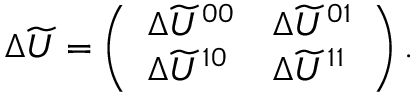
\begin{array} { r } { \Delta \widetilde U = \left( \begin{array} { l l } { \Delta \widetilde U ^ { 0 0 } } & { \Delta \widetilde U ^ { 0 1 } } \\ { \Delta \widetilde U ^ { 1 0 } } & { \Delta \widetilde U ^ { 1 1 } } \end{array} \right) . } \end{array}